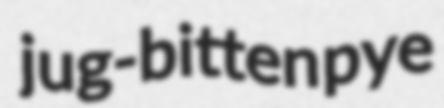
jug-bitten pye